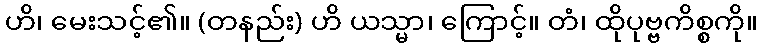
ဟိ၊ မေးသင့်၏။ (တနည်း) ဟိ ယသ္မာ၊ ကြောင့်။ တံ၊ ထိုပုဗ္ဗကိစ္စကို။